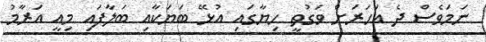
ނަމަވެސް ދެ އަހަރަށް ވަގުތީ ހިޔާގައި އުޅޭ ބަޔަކާއި ބަލާފައި މިއީ އަރާމު